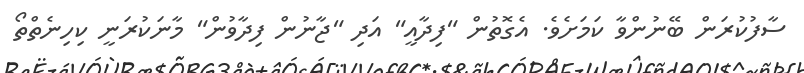
ސާފުކުރަން ބޭނުންވާ ކަމަށެވެ. އެގޮތުން "ފިދާއީ" އަދި "ޖާނުން ފިދާވުން" މާނަކުރަނީ ކިހިނެތްތޯ